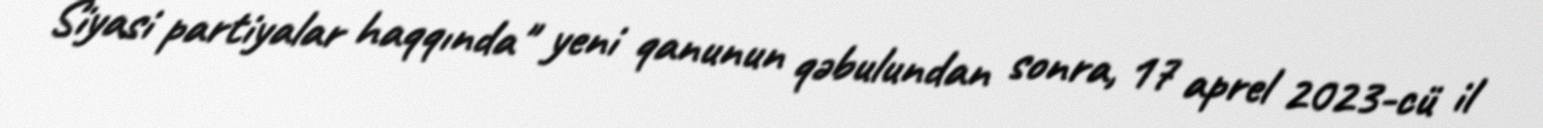
Siyasi partiyalar haqqında" yeni qanunun qəbulundan sonra, 17 aprel 2023-cü il